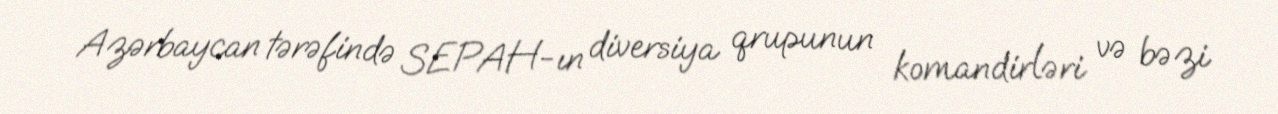
Azərbaycan tərəfində SEPAH-ın diversiya qrupunun komandirləri və bəzi